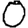
Digit: 0